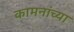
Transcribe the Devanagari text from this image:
कामनांच्या